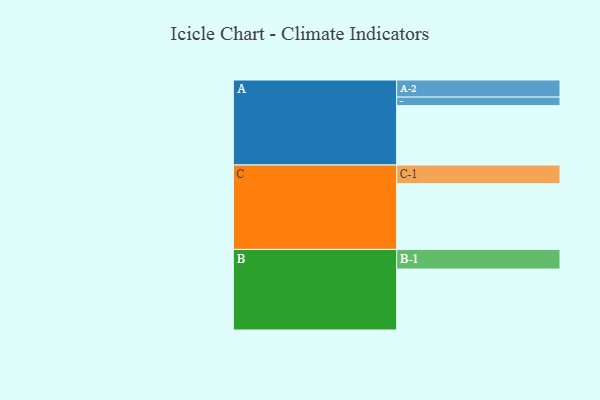
{"axis": {"x": "Segment", "y": "Value"}, "legend": ["", "A", "B", "C"], "data": [{"x": "A", "y": 496, "type": ""}, {"x": "B", "y": 509, "type": ""}, {"x": "C", "y": 549, "type": ""}, {"x": "A-1", "y": 71, "type": "A"}, {"x": "A-2", "y": 143, "type": "A"}, {"x": "B-1", "y": 164, "type": "B"}, {"x": "C-1", "y": 156, "type": "C"}]}